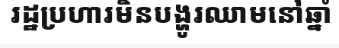
រដ្ឋប្រហារមិនបង្ហូរឈាមនៅឆ្នាំ